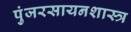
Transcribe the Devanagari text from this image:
पुंजरसायनशास्त्र